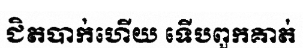
ជិតបាក់ហើយ ទើបពួកគាត់